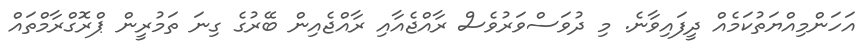
އަހަންމިއްޔަތުކަމެއް ދީފައިވާނެ. މި ދުވަސްވަރުވެސް ރާއްޖެއާއި ރާއްޖެއިން ބޭރުގެ ގިނަ ތަމުރީން ޕްރޮގްރާމްތައް